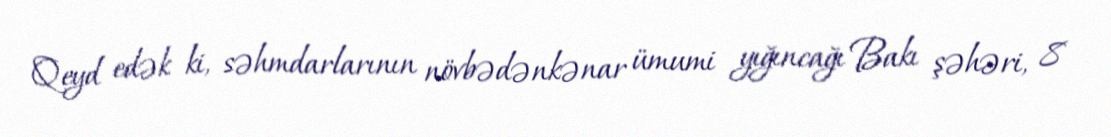
Qeyd edək ki, səhmdarlarının növbədənkənar ümumi yığıncağı Bakı şəhəri, 8